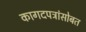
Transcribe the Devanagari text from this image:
कागदपत्रांसोबत